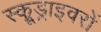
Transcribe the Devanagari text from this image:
स्क्रूड्राइवरों